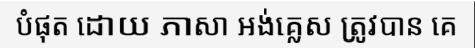
បំផុត ដោយ ភាសា អង់គ្លេស ត្រូវបាន គេ